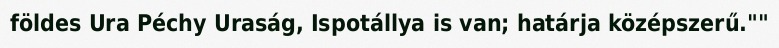
földes Ura Péchy Uraság, Ispotállya is van; határja középszerű.""